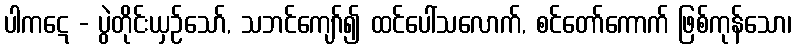
ပါကဋေ - ပွဲတိုင်းယှဉ်သော်, သဘင်ကျော်၍ ထင်ပေါ်သလောက်, စင်တော်ကောက် ဖြစ်ကုန်သော၊